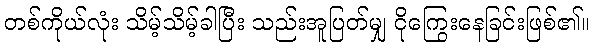
တစ်ကိုယ်လုံး သိမ့်သိမ့်ခါပြီး သည်းအူပြတ်မျှ ငိုကြွေးနေခြင်းဖြစ်၏။